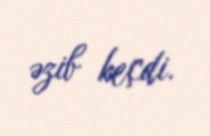
əzib keçdi.